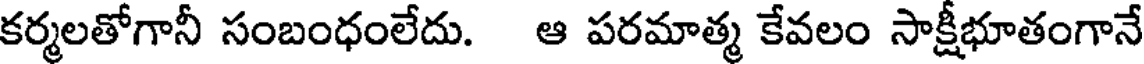
కర్మలతోగానీ సంబంధంలేదు. ఆ పరమాత్మ కేవలం సాక్షీభూతంగానే